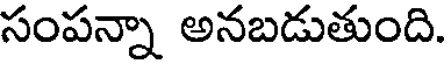
సంపన్నా అనబడుతుంది.